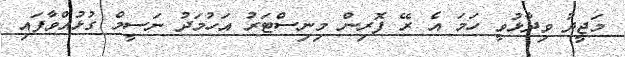
މަޖީދު ވިދާޅުވީ ހަމަ އެ ރޭ ފޮރިން މިނިސްޓަރު އަހުމަދު ނަސީމް ގުޅުއްވާފައި